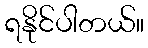
ရနိုင်ပါတယ်။